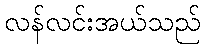
လန်လင်းအယ်သည်